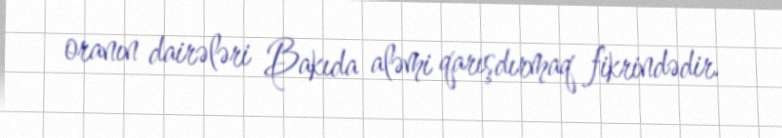
oranın dairələri Bakıda aləmi qarışdırmaq fikrindədir.